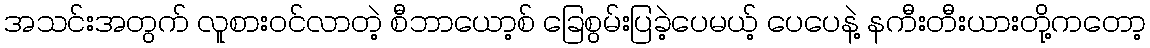
အသင်းအတွက် လူစားဝင်လာတဲ့ စီဘာယော့စ် ခြေစွမ်းပြခဲ့ပေမယ့် ပေပေနဲ့ နကီးတီးယားတို့ကတော့